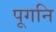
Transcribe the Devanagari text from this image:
पूगनि